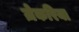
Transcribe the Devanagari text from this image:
ज़ेकरिया